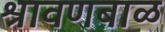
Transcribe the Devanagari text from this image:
श्रावणबाळ